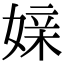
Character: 媇